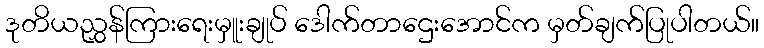
ဒုတိယညွှန်ကြားရေးမှူးချုပ် ဒေါက်တာဌေးအောင်က မှတ်ချက်ပြုပါတယ်။